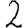
Digit: 2